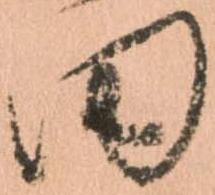
田